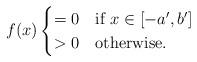
LaTeX: \begin{align*}f(x)\begin{cases}=0 & \mbox{if }x\in[-a^{\prime},b^{\prime}]\\>0 & \mbox{otherwise}.\end{cases}\end{align*}